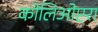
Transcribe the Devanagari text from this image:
कोलिओप्टरा